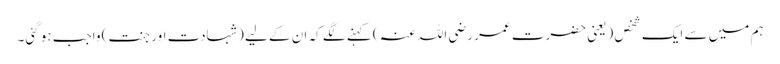
ہم میں سے ایک شخص (یعنی حضرت عمر رضی اللہ عنہ ) کہنے لگے کہ ان کے لیے (شہادت اور جنت) واجب ہو گئی۔